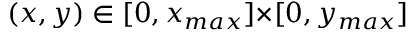
( x , y ) \in [ 0 , x _ { m a x } ] { \times } [ 0 , y _ { m a x } ]